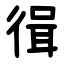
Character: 㣬